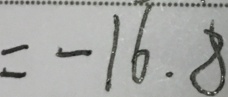
= - 1 6 . 8